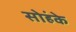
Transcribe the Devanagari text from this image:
सोहंके